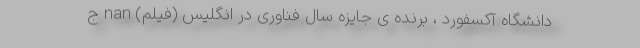
دانشگاه آکسفورد ، برنده ی جایزه سال فناوری در انگلیس (فیلم) nan ج